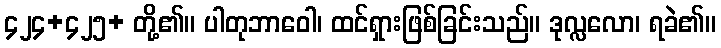
၄၂၄+၄၂၅+ တို့၏။ ပါတုဘာဝေါ၊ ထင်ရှားဖြစ်ခြင်းသည်။ ဒုလ္လလော၊ ရခဲ၏။